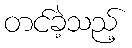
တင်ခဲ့သည့်